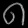
Digit: ၈